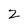
Character: 2